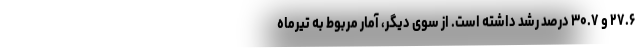
۲۷.۶ و ۳۰.۷ درصد رشد داشته است. از سوی دیگر، آمار مربوط به تیرماه